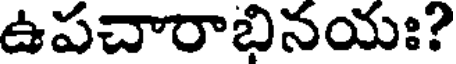
ఉపచారాభినయః?